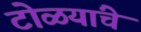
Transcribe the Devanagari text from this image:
टोळयांचे